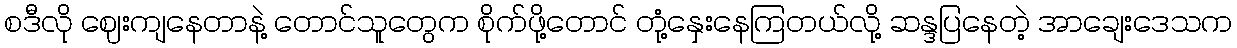
စဒီလို ဈေးကျနေတာနဲ့ တောင်သူတွေက စိုက်ဖို့တောင် တုံ့နှေးနေကြတယ်လို့ ဆန္ဒပြနေတဲ့ အာချေးဒေသက